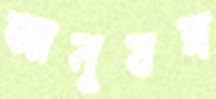
আনুষঙ্গ